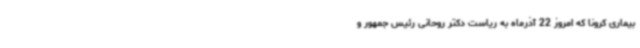
بیماری کرونا که امروز 22 آذرماه به ریاست دکتر روحانی رئیس جمهور و